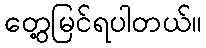
တွေ့မြင်ရပါတယ်။